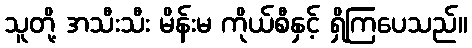
သူတို့ အသီးသီး မိန်းမ ကိုယ်စီနှင့် ရှိကြပေသည်။